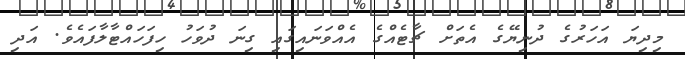
މިދިޔަ އަހަރުގެ ދުނިޔޭގެ އެތަށް ޗާޓެއްގެ އެއްވަނައިގައި ގިނަ ދުވަހު ހިފަހައްޓާލާފައެވެ. އަދި